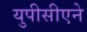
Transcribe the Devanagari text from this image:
युपीसीएने